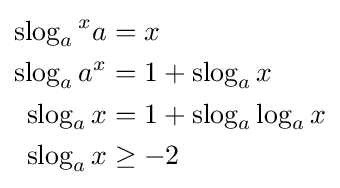
{\begin{aligned}\operatorname {slog} _{a}{^{x}a}&=x\\\operatorname {slog} _{a}a^{x}&=1+\operatorname {slog} _{a}x\\\operatorname {slog} _{a}x&=1+\operatorname {slog} _{a}\log _{a}x\\\operatorname {slog} _{a}x&\geq -2\end{aligned}}